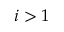
i > 1